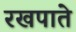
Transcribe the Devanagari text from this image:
रखपाते